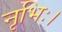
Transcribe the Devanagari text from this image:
नृभिः।